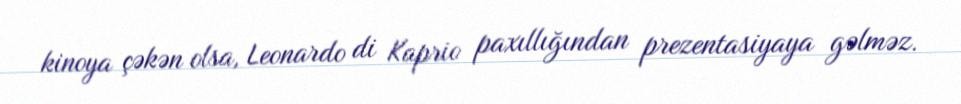
kinoya çəkən olsa, Leonardo di Kaprio paxıllığından prezentasiyaya gəlməz.